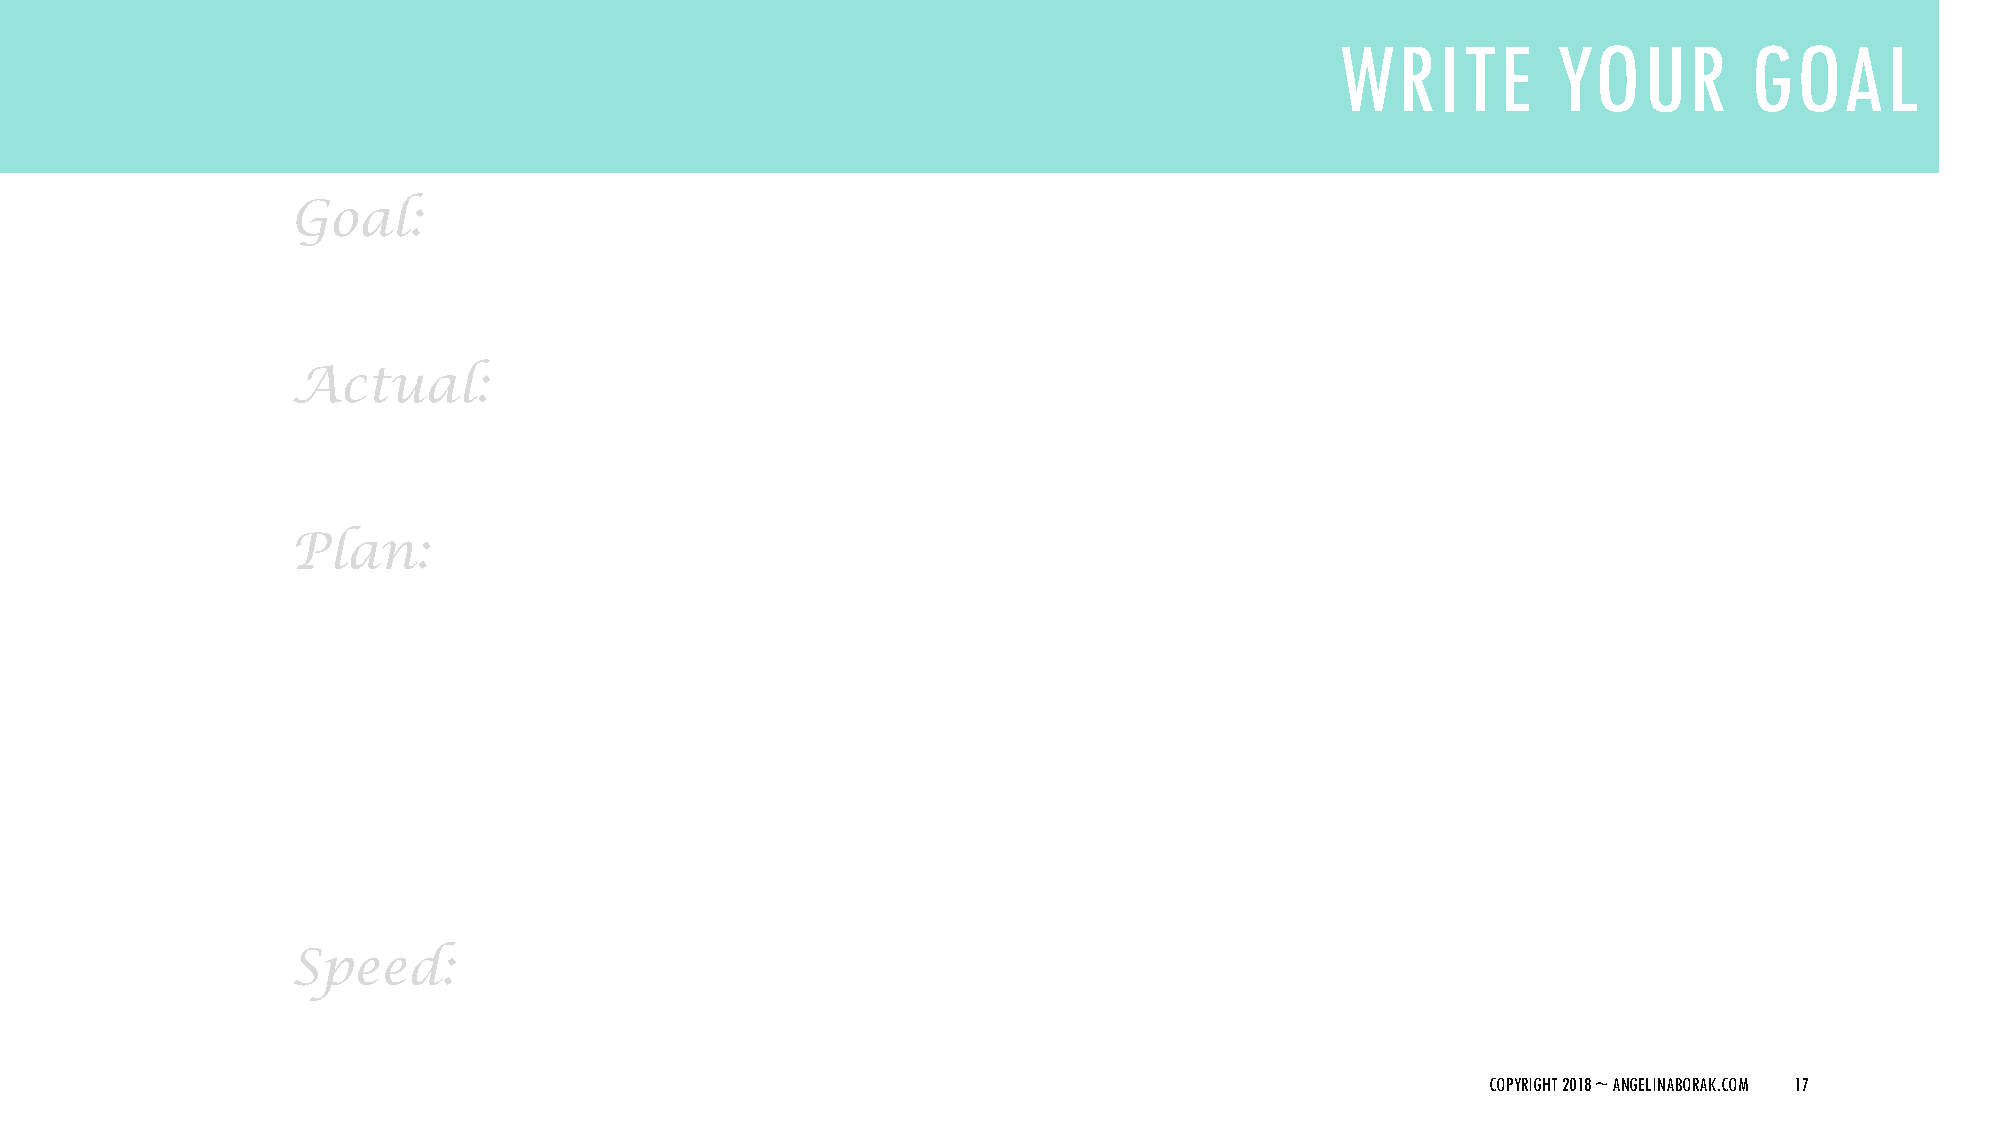
WRITE         YOUR         GOAL
 Goal:
 Actual:
 Plan:
 Speed:
 COPYRIGHT 2018 ~ ANGELINABORAK.COM 17